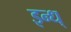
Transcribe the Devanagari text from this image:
इन्ध्‌